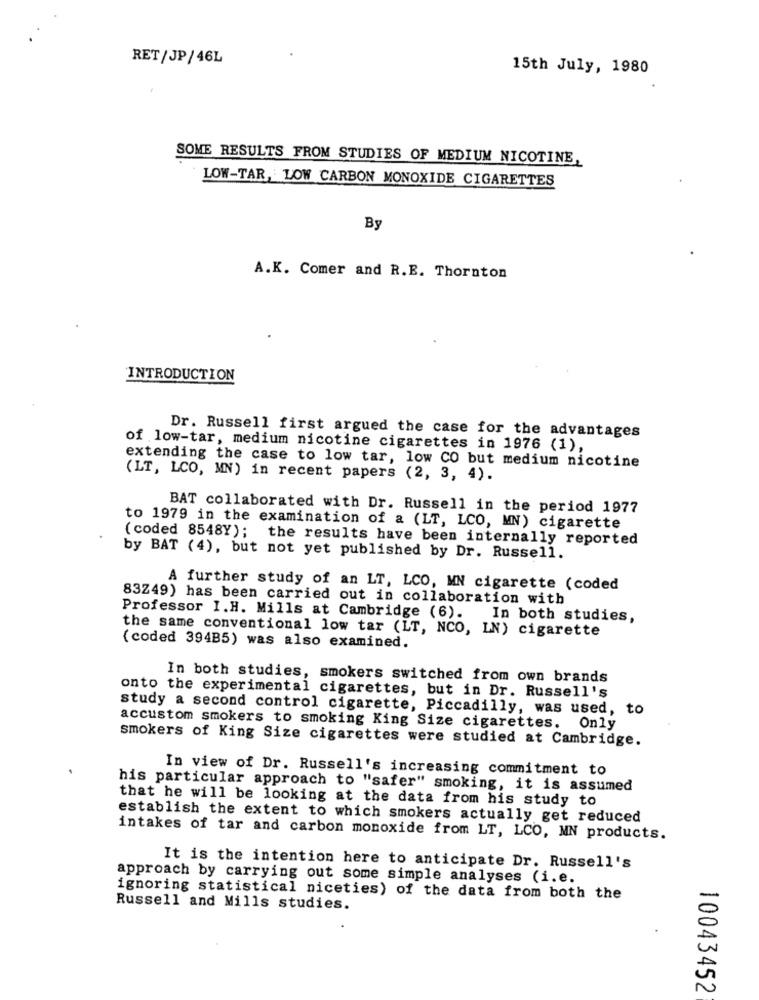
RET/JP/46L
15th July, 1980
SOME RESULTS FROM STUDIES OF MEDIUM NICOTINE,
LOW-TAR, LOW CARBON MONOXIDE CIGARETTES
By
A.K. Comer and R.E. Thornton
INTRODUCTION
Dr. Russell first argued the case for the advantages
of low-tar, medium nicotine cigarettes in 1976 (1),
extending the case to low tar, low CO but medium nicotine
(LT, LCO, MN) in recent papers (2, 3, 4).
BAT collaborated with Dr. Russell in the period 1977
to 1979 in the examination of a (LT, LCO, MN) cigarette
( coded 8548Y); the results have been internally reported
by BAT (4), but not yet published by Dr. Russell.
A further study of an LT, LCO, MN cigarette (coded
83Z49) has been carried out in collaboration with
Professor I.H. Mills at Cambridge (6).
In both studies,
the same conventional low tar (LT, NCO, LN) cigarette
(coded 394B5) was also examined.
In both studies, smokers switched from own brands
onto the experimental cigarettes, but in Dr. Russell's
study a second control cigarette, Piccadilly, was used, to
accustom smokers to smoking King Size cigarettes.
Only
smokers of King Size cigarettes were studied at Cambridge.
.
In view of Dr. Russell's increasing commitment to
his particular approach to "safer" smoking, it is assumed
that he will be looking at the data from his study to
establish the extent to which smokers actually get reduced
intakes of tar and carbon monoxide from LT, LCO, MN products.
It is the intention here to anticipate Dr. Russell's
approach by carrying out some simple analyses (i.e.
ignoring statistical niceties) of the data from both the
Russell and Mills studies.
10043452